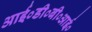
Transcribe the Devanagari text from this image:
आई०डी०बी०आई०